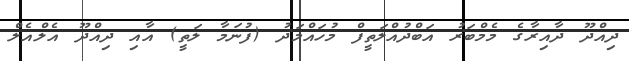
ދިއްދޫ ދާއިރާގެ މެމްބަރު އަބްދުއްލަތީފް މުހައްމަދު (ފުނަމާ ލަތީ) އާއި ދިއްދޫ އެލްއެލް